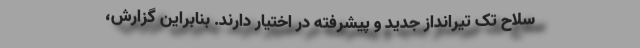
سلاح تک‌ تیرانداز جدید و پیشرفته در اختیار دارند. بنابراین گزارش،